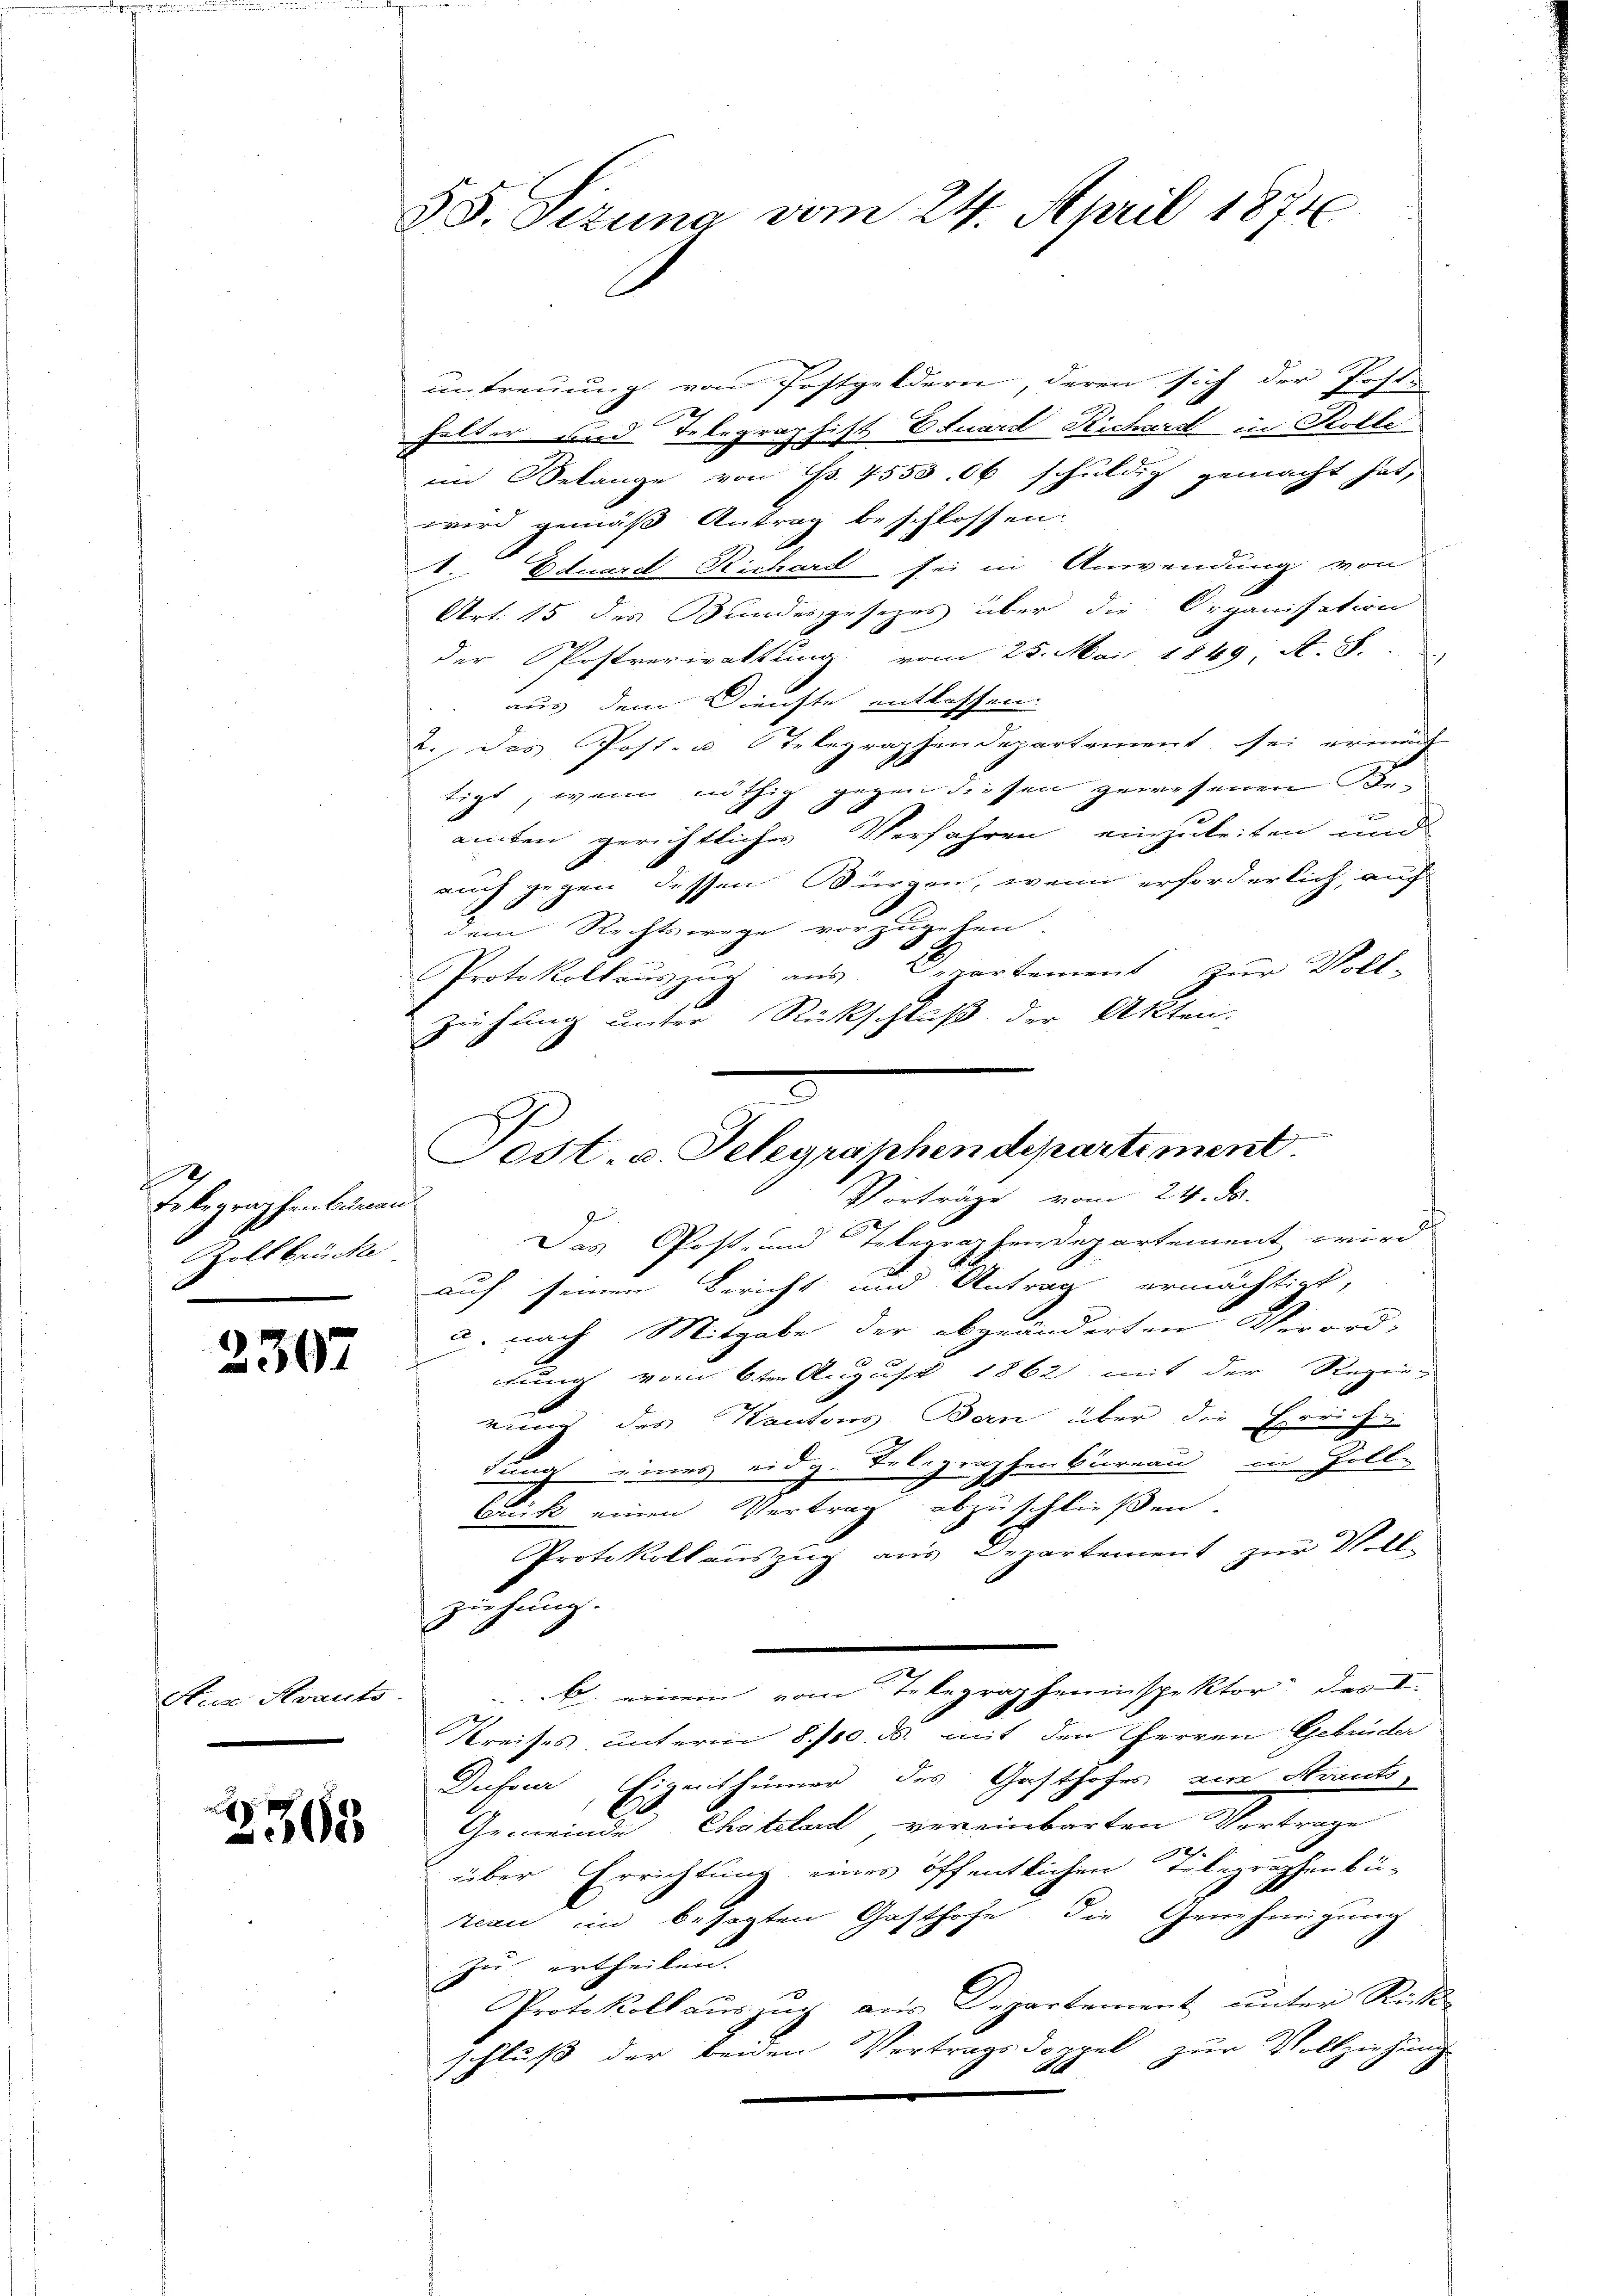
Telegraphenbeinan
Goltbrücke

2307

Aua Krauts

2368

35. Sizung vom 24. April 1874

untreuung von Postgeldern, deren sich der Postu
Falter und Telegraphist Eduard Richard in Kolle
im Belange von Fr. 4553. Ob schuldig gemacht hat,
wird gemäß Antrag beschlossen.
V. Eduard Richard sei in Anwendung von
Art. 15 des Bundesgesetzes über die Organisation
der Postverwaltung vom 25. Mai 1849 A. S.
 aus dem Dienste entlassen.
2. Das Post- u. telegraphendepartement sei ermäch
tigt, wenn nöthig gegen diesen gewesenen Be-
amten gerichtliches Verfahren einzuleiten und
auch gegen dessen Bürgen, wenn erforderlich, auf
dem Rechtswege vorzugehen.
Protokollaŭszŭg aŭs Departement zŭr Voll-
ziehung unter Rückschluß der Akten.
Das Post- und Telegraphendepartement wird
auf seinen Bericht und Antrag ermächtigt,
a. nach Mitgabe der abgeänderten Verord-
tung vom 6ten August 1862 mit der Regier
nung des Kantons Bern über die Errich¬
Juna eines eidg. Delegraphenbureau in Zoll-
Euk einen Vertrag abzuschließen.
Protokoll auszug aus Departement zŭr Voll-
ziehung.
b. einem vom Telegrapheninspektor des I
Kreises unterm 8. 700. ds. mit den Herren Gebrüder
Dufour, Eigenthümer des Gasthofes von Krank-
Gemeinde Chateland vereinbarten Vortrage
2
über Errichtung eines öffentlichen Telegraphenbü-
reau im besagten Gasthofe, die Genehmigung
zu ertheilen. |
Protokoll auszug aus Departement unter Rückschluß der beiden Vertragsdoppel zur Vollziehung

.
Post. v. Telegraphendepartiment.
Vorträge vom 24. ds.